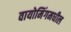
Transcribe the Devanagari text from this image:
वायोमिंगमधील